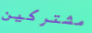
مشتركين